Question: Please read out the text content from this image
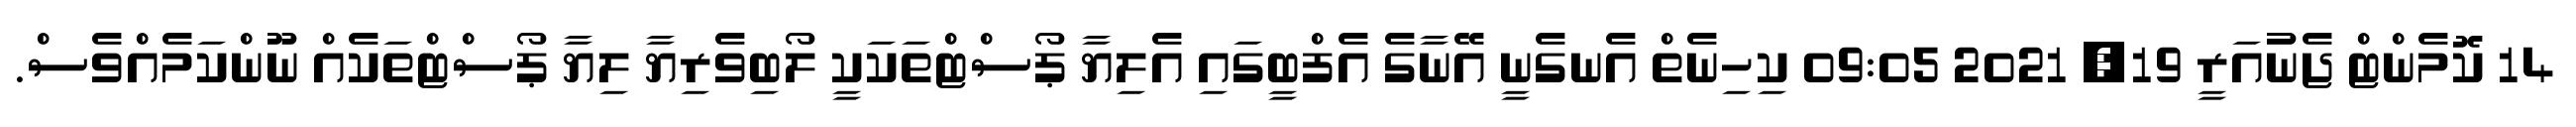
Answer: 14 ކޮމެންޓް ޖެނުއަރީ 19, 2021 09:05 ކިހިނެތް އެނގެނީ އޭނާގެ އެފްބީގައި އެލިޔާ ޕޯސްޓްތަކަކީ ލޯބިވެރިޔާ ލިޔާ ޕޯސްޓްތަކެއް ނޫންކަމެއްވެސް.